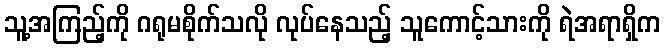
သူ့အကြည့်ကို ဂရုမစိုက်သလို လုပ်နေသည့် သူကောင့်သားကို ရဲအရာရှိက